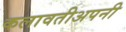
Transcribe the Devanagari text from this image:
कलावतीअपनी